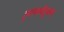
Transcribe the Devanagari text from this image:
हृदयकौतुकम्‌